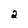
Character: 2